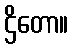
ဌိတော။